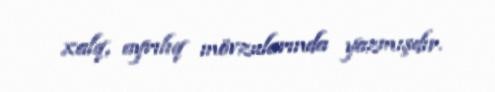
xalq, ayrılıq mövzularında yazmışdır.